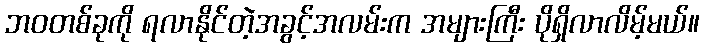
ဘဝတစ်ခုကို ရလာနိုင်တဲ့အခွင့်အလမ်းက အများကြီး ပိုရှိလာလိမ့်မယ်။